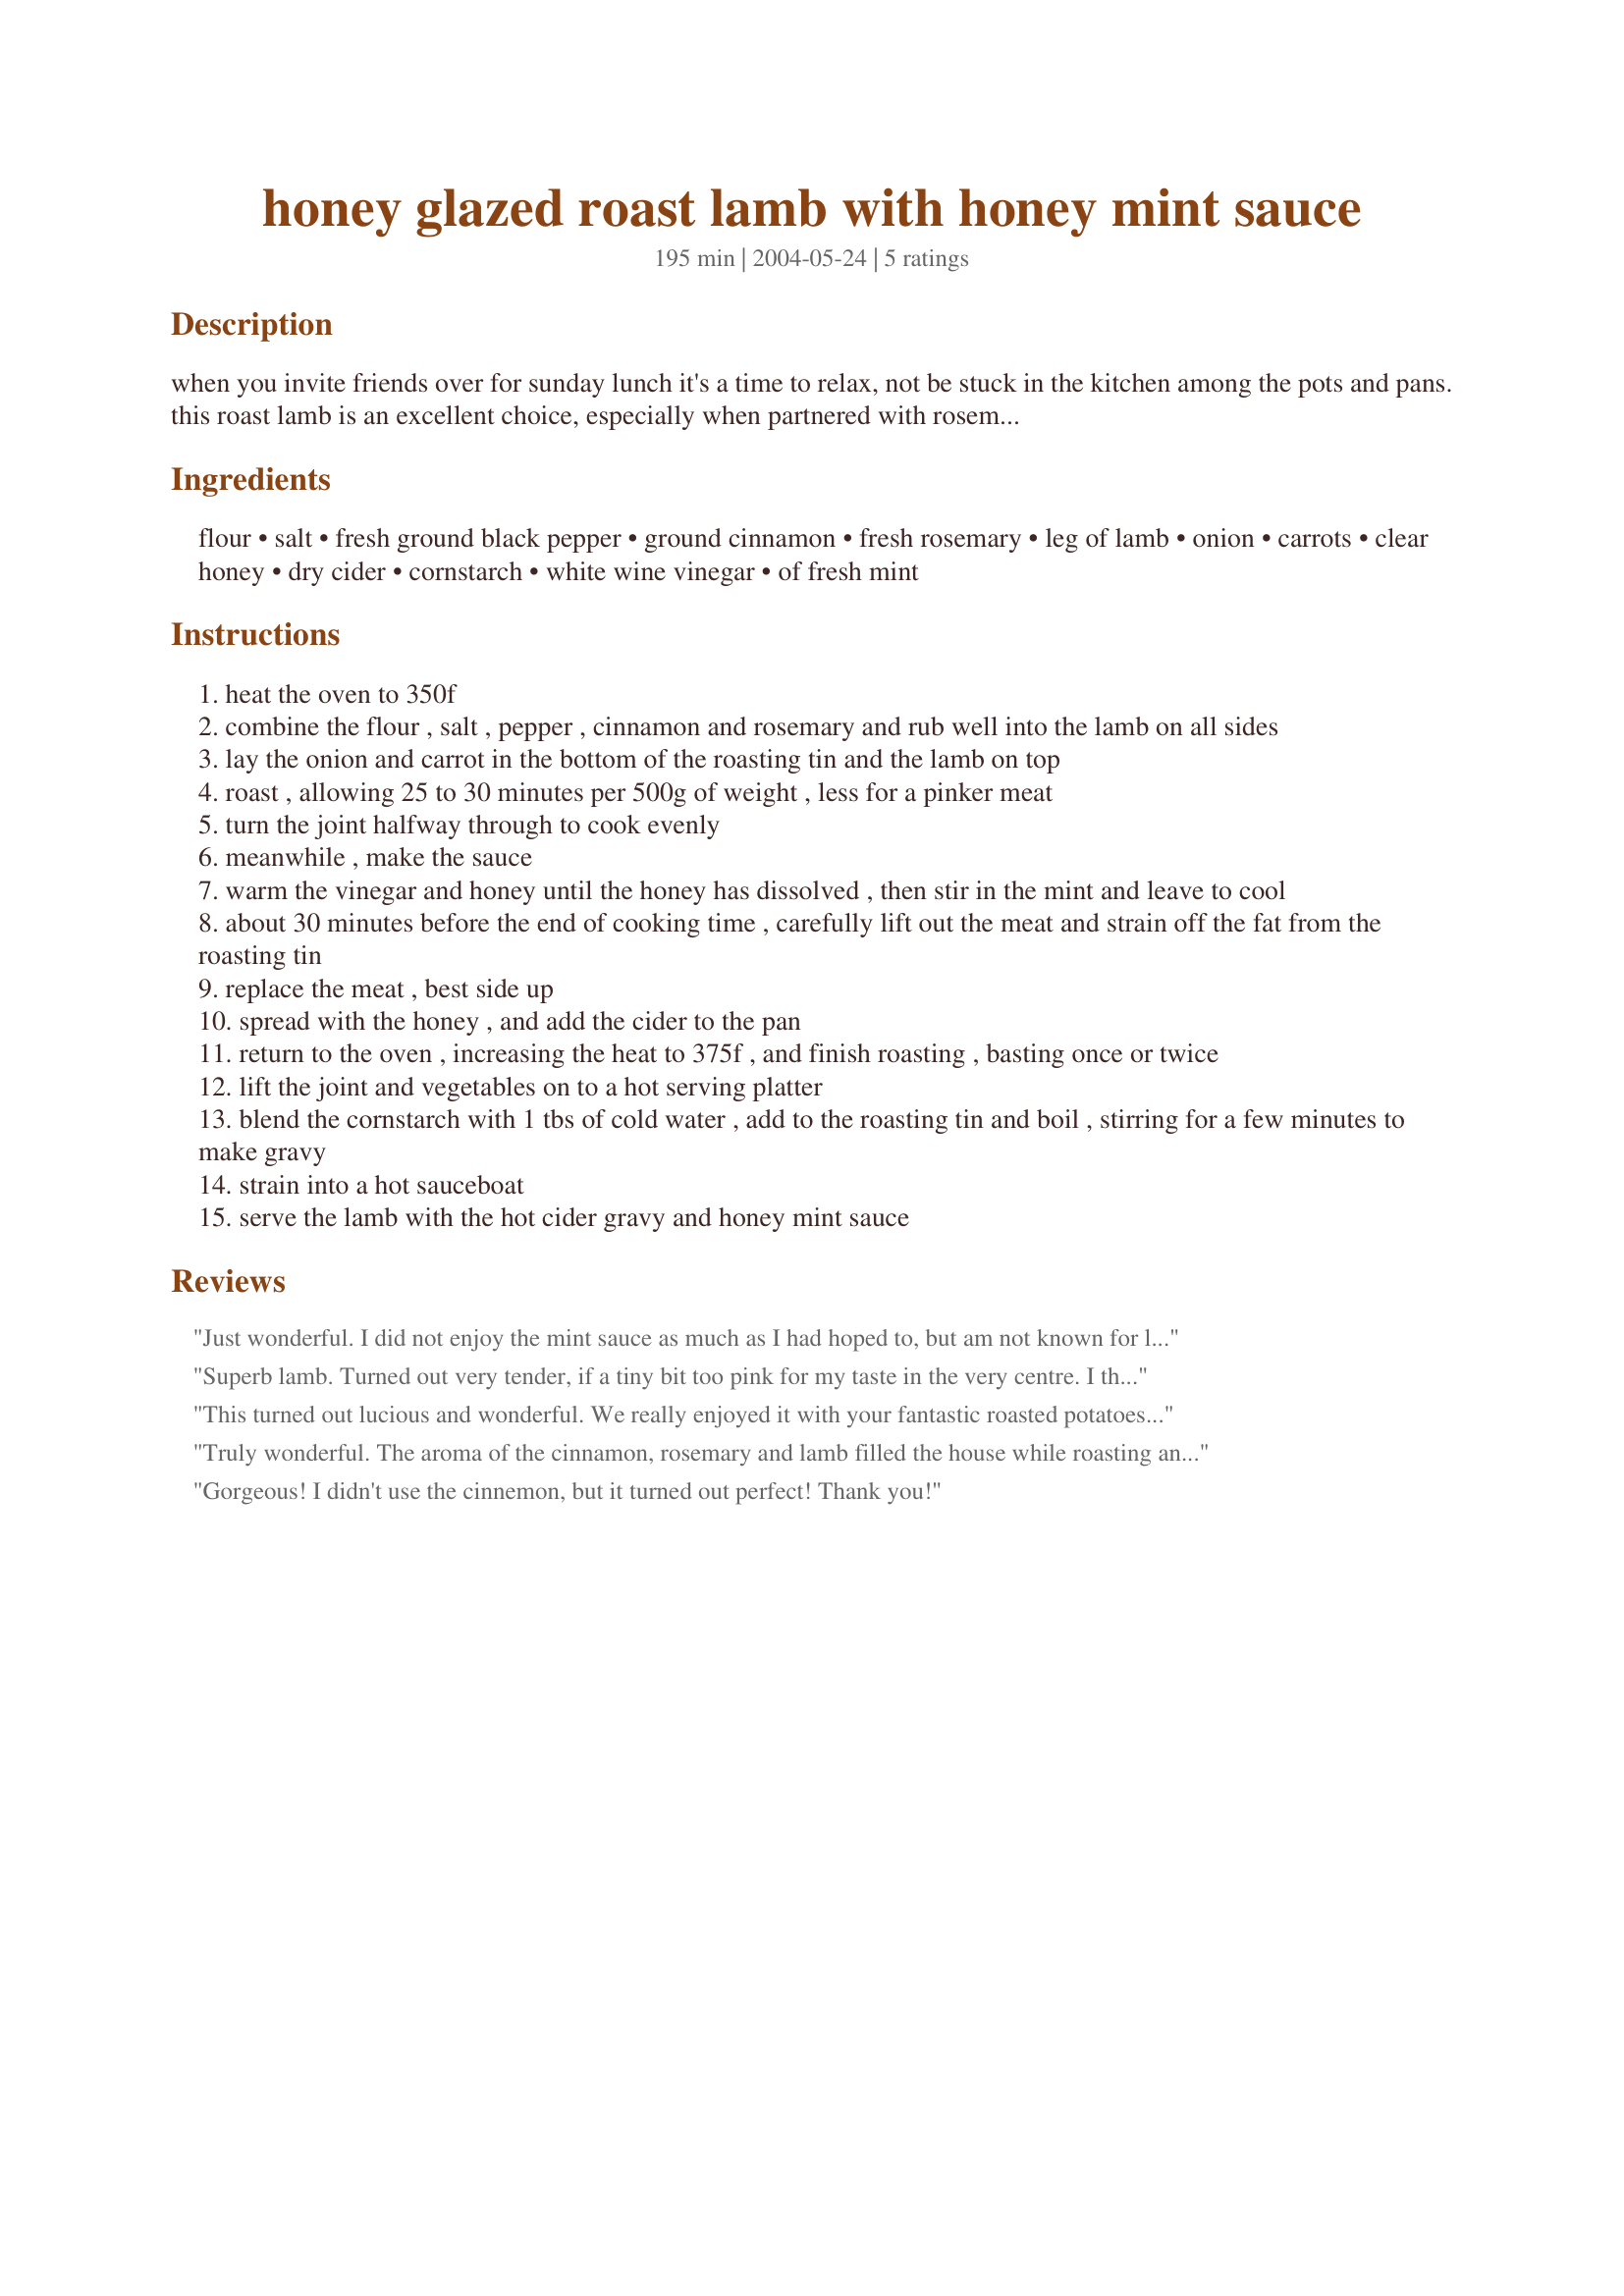
honey glazed roast lamb with honey mint sauce
Preparation time: 195 minutes

when you invite friends over for sunday lunch it's a time to relax, not be stuck in the kitchen among the pots and pans. this roast lamb is an excellent choice, especially when partnered with rosemary and honey and a sauce using fresh mint. the honey glaze turns the joint a lovely golden colour, and the honey-sweetened mint sauce is a flavoursome change from the sharp vinegary taste of traditional recipes. serve with a hot gratin of dauphinoise potatoes and some braised leeks for a really special meal.

Ingredients:
flour, salt, fresh ground black pepper, ground cinnamon, fresh rosemary, leg of lamb, onion, carrots, clear honey, dry cider, cornstarch, white wine vinegar, of fresh mint

Steps:
heat the oven to 350f
combine the flour , salt , pepper , cinnamon and rosemary and rub well into the lamb on all sides
lay the onion and carrot in the bottom of the roasting tin and the lamb on top
roast , allowing 25 to 30 minutes per 500g of weight , less for a pinker meat
turn the joint halfway through to cook evenly
meanwhile , make the sauce
warm the vinegar and honey until the honey has dissolved , then stir in the mint and leave to cool
about 30 minutes before the end of cooking time , carefully lift out the meat and strain off the fat from the roasting tin
replace the meat , best side up
spread with the honey , and add the cider to the pan
return to the oven , increasing the heat to 375f , and finish roasting , basting once or twice
lift the joint and vegetables on to a hot serving platter
blend the cornstarch with 1 tbs of cold water , add to the roasting tin and boil , stirring for a few minutes to make gravy
strain into a hot sauceboat
serve the lamb with the hot cider gravy and honey mint sauce

Reviews:
Just wonderful. I did not enjoy the mint sauce as much as I had hoped to, but am not known for liking vinegar in a sauce. I may even have made a mistake with heating time for the sauce *blush*. Otherwise excellent: The lamb was just so tender! I actually used 8lbs of knuckle shoulder tied into three roasts and they turned out fantastically. Thanks for the recipe!
Superb lamb. Turned out very tender, if a tiny bit too pink for my taste in the very centre. I think for a smaller joint (mine was 800g or half a leg) you might need to bake it for slightly more than the 30/mins per 500g rule. The skin was crispy from the honey and the gravy was to die for! I didn't have cider so used a high acid, dry white wine instead. Wasn't crazy over the mint sauce. It was a bit vinegary for my taste, but I think more honey and less vinegar would make it much nicer. I will experiment.
This turned out lucious and wonderful. We really enjoyed it with your fantastic roasted potatoes. My husband said it was the best lamb he has ever tasted. Thanks for yet another great recipe!
Truly wonderful. The aroma of the cinnamon, rosemary and lamb filled the house while roasting and delicately flavored the lamb at first serving and leftovers. The gravy and the mint sauce are both superb. The recipe was followed as written and the lamb was so good that there are not enough adjectives to describe how much we enjoyed it. We served it with sweet potatoes and an asparagus salad. Thank you for this terrific addition to my recipe collection.
Gorgeous! I didn't use the cinnemon, but it turned out perfect! Thank you!
